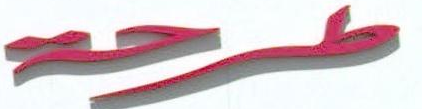
طرحة